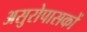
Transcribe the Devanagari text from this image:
असुरोपासकों